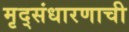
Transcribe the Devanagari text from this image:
मृद्संधारणाची